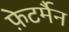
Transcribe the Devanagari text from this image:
फ़ेटर्मैन